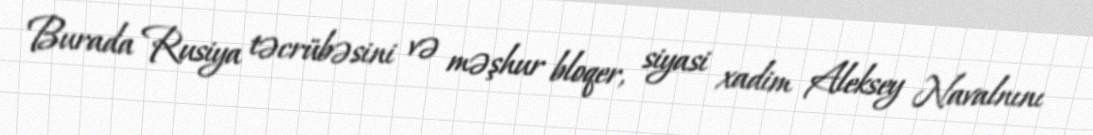
Burada Rusiya təcrübəsini və məşhur bloqer, siyasi xadim Aleksey Navalnını